Civil Veterinary Department. Madras. Admin. report 1926-33 - 1926-1933
Year: 1926
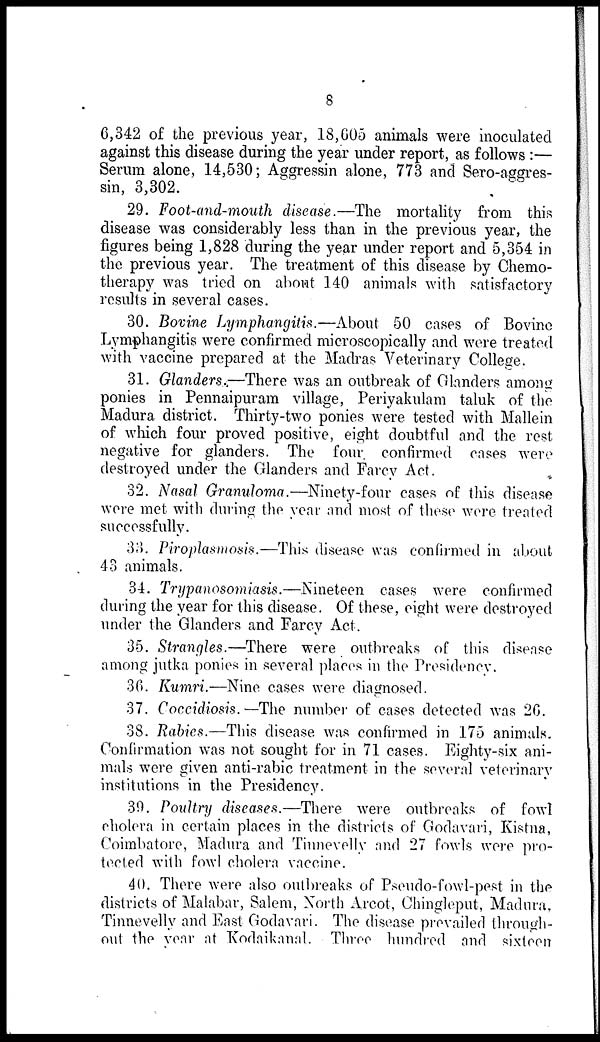
8
6,342 of the previous year, 18,605 animals were inoculated
against this disease during the year under report, as follows :—
Serum alone, 14,530; Aggressin alone, 773 and Sero-aggres-
sin, 3,302.
29. Foot-and-mouth disease.—The mortality from this
disease was considerably less than in the previous year, the
figures being 1,828 during the year under report and 5,354 in
the previous year. The treatment of this disease by Chemo-
therapy was tried on about 140 animals with satisfactory
results in several cases.
30. Bovine Lymphangitis.—About 50 cases of Bovine
Lymphangitis were confirmed microscopically and were treated
with vaccine prepared at the Madras Veterinary College.
31. Glanders.-—There was an outbreak of Glanders among
ponies in Pennaipuram village, Periyakulam taluk of the
Madura district. Thirty-two ponies were tested with Mallein
of which four proved positive, eight doubtful and the rest
negative for glanders. The four confirmed cases were
destroyed under the Glanders and Farcy Act.
32. Nasal Granuloma.—Ninety-four cases of this disease
were met with during the year and most of these were treated
successfully.
33. Piroplasmosis.—This disease was confirmed in about
43 animals.
34. Trypanosomiasis.—Nineteen
cases were confirmed
during the year for this disease. Of these, eight were destroyed
under the Glanders and Farcy Act.
35. Strangles.—There were outbreaks of this disease
among jutka ponies in several places in the Presidency.
36. Kumri.—Nine cases were diagnosed.
37. Coccidiosis.—The number of cases detected was 26.
38. Rabies.—This disease was confirmed in 175 animals.
Confirmation was not sought for in 71 cases. Eighty-six ani-
mals were given anti-rabic treatment in the several veterinary
institutions in the Presidency.
39. Poultry diseases.—There were outbreaks of fowl
cholera in certain places in the districts of Godavari, Kistna,
Coimbatore, Madura and Tinnevelly and 27 fowls were pro-
tected with fowl cholera vaccine.
40. There were also outbreaks of Pseudo-fowl-pest in the
districts of Malabar, Salem, North Arcot, Chingleput, Madura,
Tinnevelly and East Godavari. The disease prevailed through-
out the year at Kodaikanal. Three hundred and sixteen